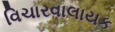
વિચારવાલાયક